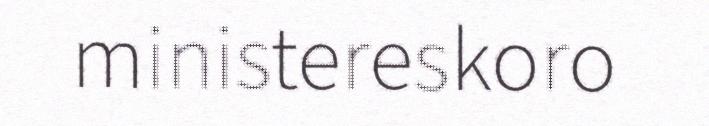
ministereskoro